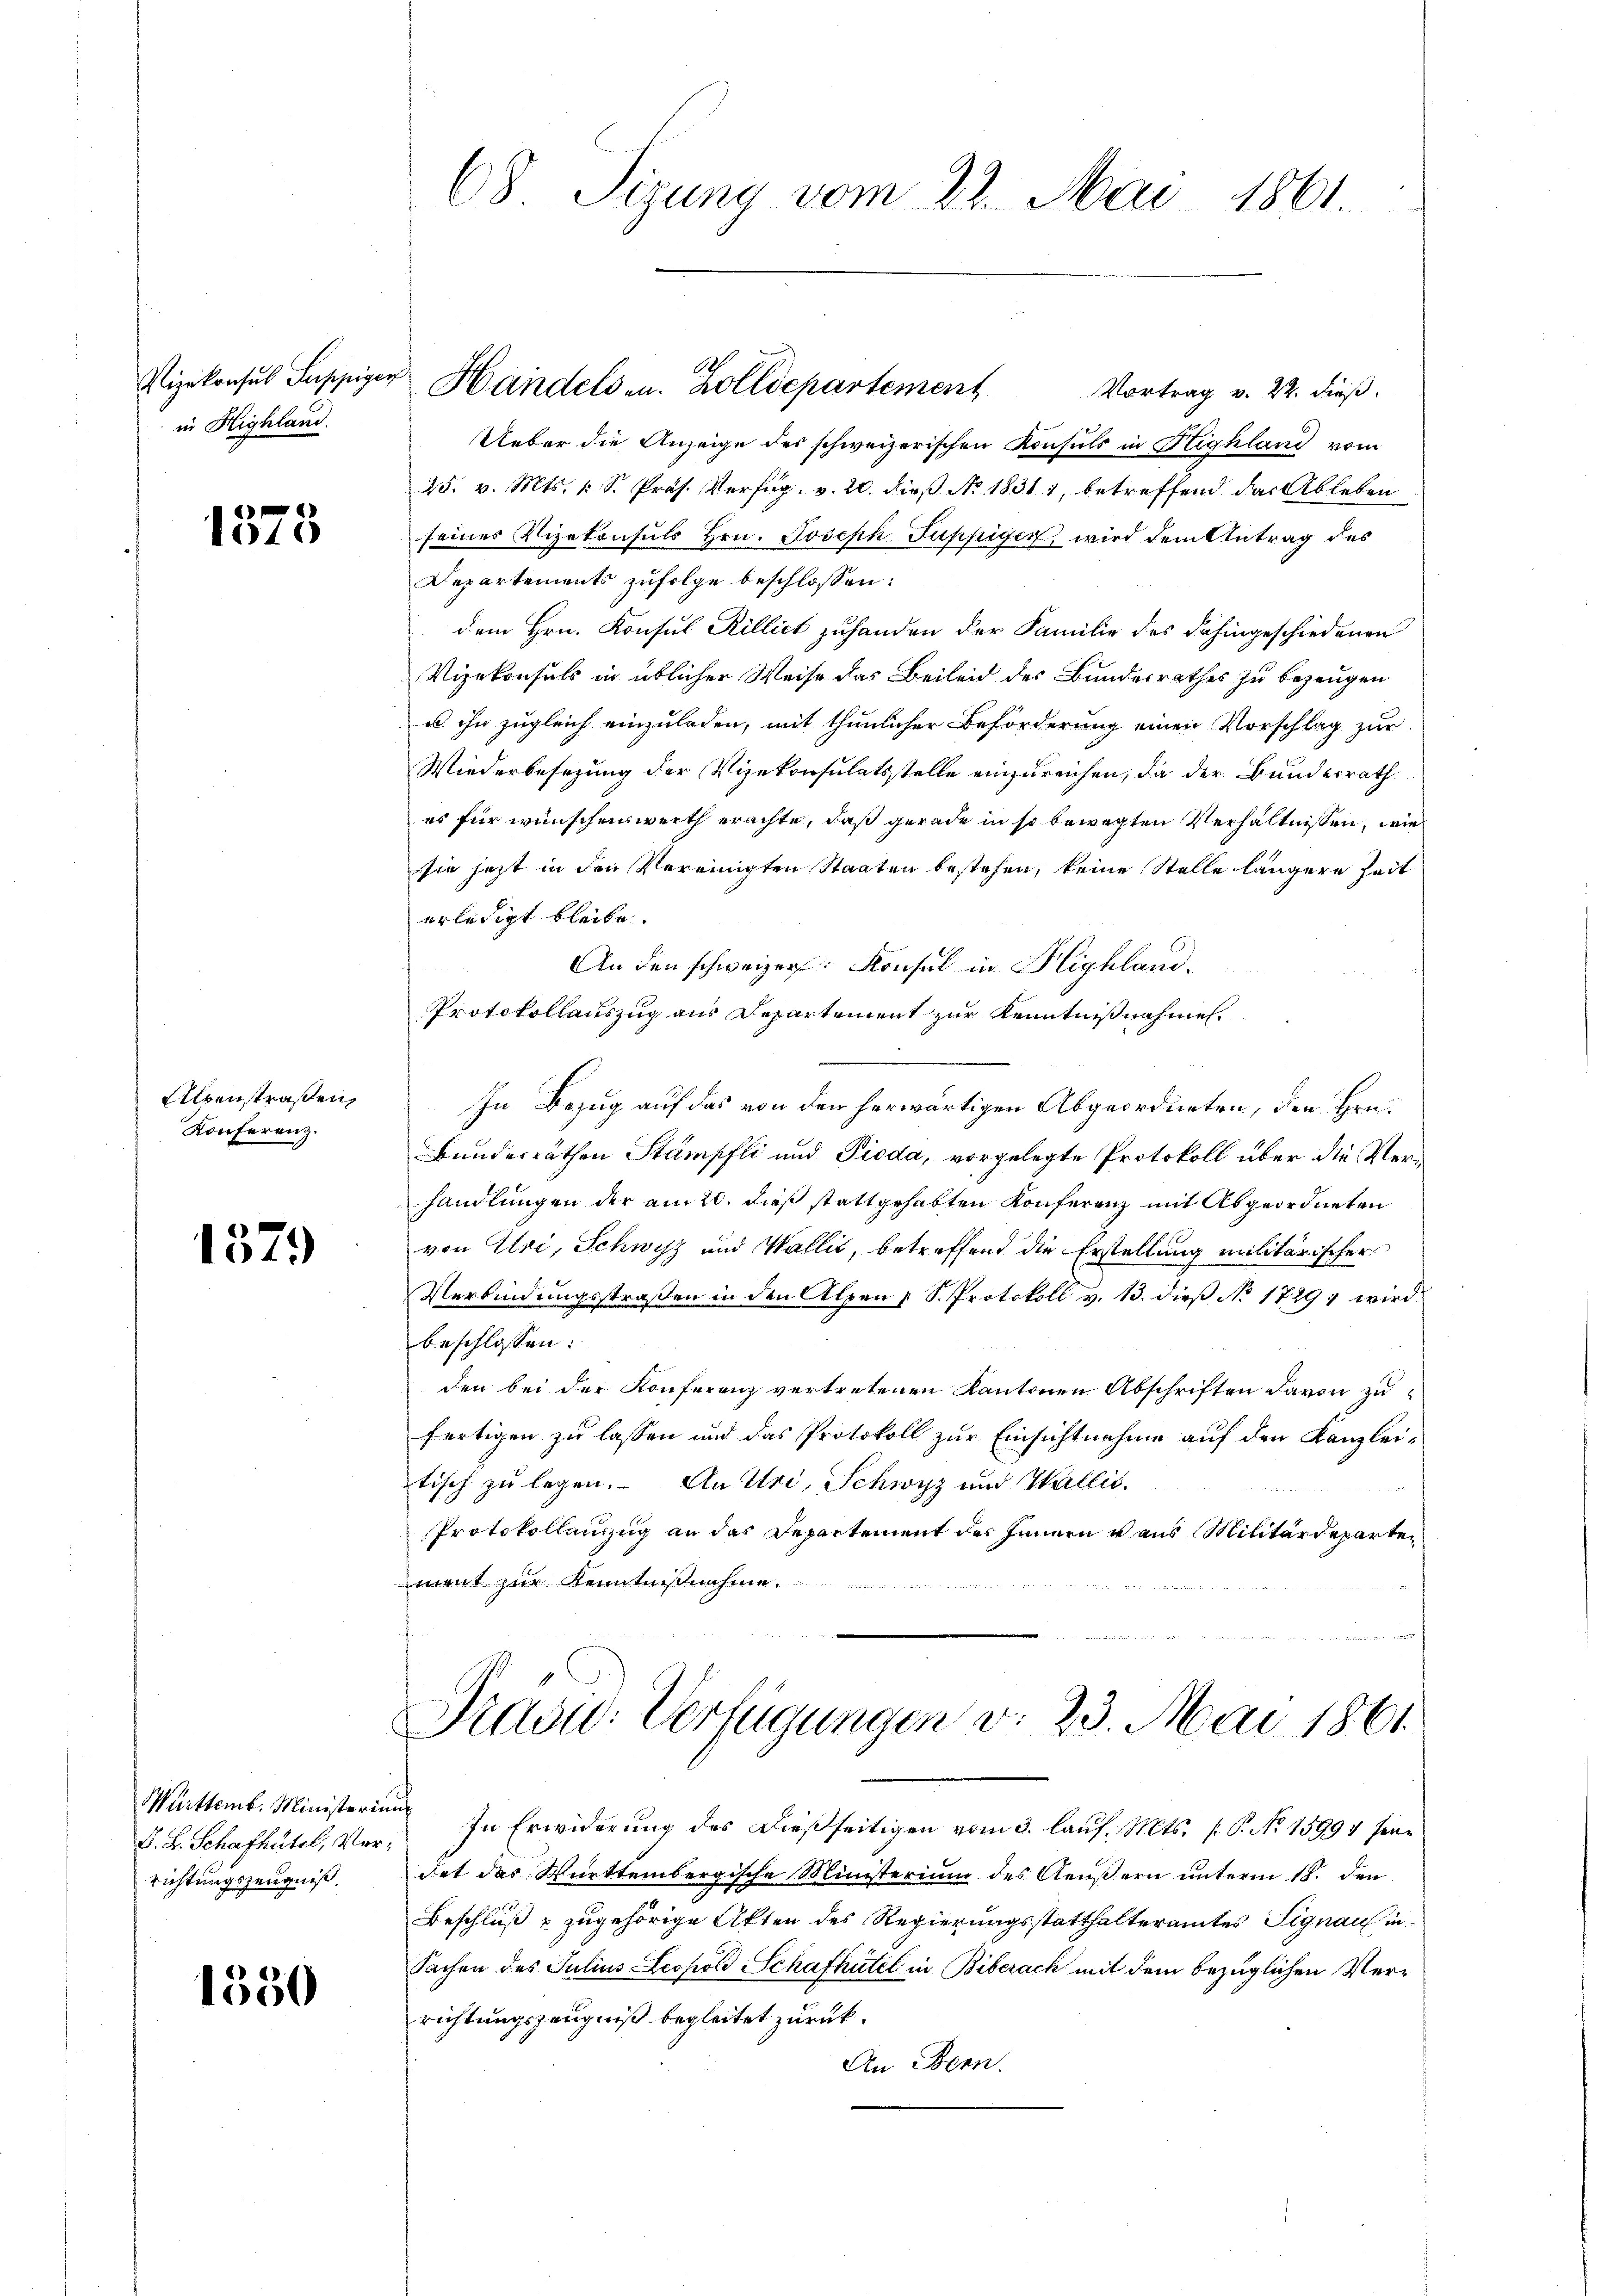
Vizekonsul Suppiger
in Highland.

1575

Alpenstraßen,
Konferenz.

1579

Württemb. Ministerin
S. B. Schafhütel, Verrichtungszeugniß.

1550

68. Sizung vom 23. Mai 1861.

Vortrag v. 22. dieß.
Ueber die Anzeige des schweizerischen Konsuls in Highland vom
25. v. Mts. k. S. Präs. Verfüg v. 20. dieß No. 1831 1, betreffend der Ableben
seines Vizekonsuls Hrn. Joseph Puppigen wird dem Antrag des
Departements zufolge beschlossen:
dem Hrn. Konsul Rillict zuhanden der Familie des dahingeschiedenen
Vizekonsuls in üblicher Weise das Beileid des Bundesrathes zu bezeugen
u ihn zugleich einzuladen, mit thunlicher Beförderung einen Vorschlag zur
Wiederbesezung der Vizekonsulatsstelle einzureichen, da der Bundesrath
es für wünschenswerth erachte, daß gerade in so bewegten Verhältnissen, wie
sie jetzt in den Vereinigten Staaten bestehen, keine Stelle längere Zeit
erledigt bleibe.
An den schweizer: Konsul in Highland.
Protokollauszug aus Departement zur Kenntnißnahme
In Bezug auf das von den herwärtigen Abgeordneten, den Hrn.
Bundesräthen Stämpfli und Pioda, vorgelegte Protokoll über die Verhandlungen der am 20. dieß stattgehabten Konferenz mit Abgeordneten
von Uri, Schwyz und Wallis, betreffend die Erstellung militärischer
Verbindungsstraßen in den Alpen (S. Protokoll v. 13. dieß No 1729, wird
beschlossen:
den bei der Konferenz vertretenen Kantonen Abschriften davon zu
fertigen zu lassen und das Protokoll zur Einsichtnahme auf den Kanzlei-
tisch zu legen. An Uri, Schwyz und Wallis.
Protokollenzug an das Departement des Innern aus Militärdeparten
ment zur Kenntnißnahme.

A
Handelsen. Zolldepartement

Präsid.- Verfügungen v. 23. Mai 1861

In Erwiderung des Dießseitigen vom 3. lauf. Mts. (: P. No 15994 seidet das Württembergische Ministerium des Aeußern unterm 18. den
Beschluß & zugehörige Akten des Regierungsstatthalteramtes Signau in¬
Sachen des Julius Leopold Schafhutel in Biberack mit dem bezüglichen Verrichtungszeugniß begleitet zurück.
An Bern.